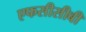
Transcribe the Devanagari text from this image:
एफसीसीबी